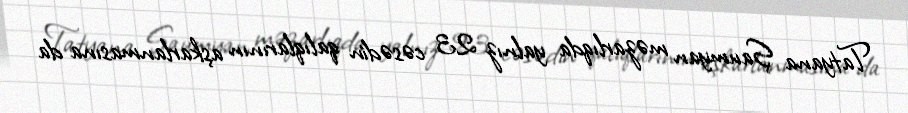
Tatyana Şaumyan məzarlıqda yalnız 23 cəsədin qalıqlarının aşkarlanmasına da